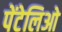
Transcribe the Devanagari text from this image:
पेंटेलिओ